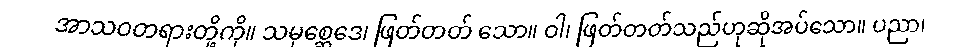
အာသဝတရားတို့ကို။ သမုစ္ဆေဒေ၊ ဖြတ်တတ် သော။ ဝါ၊ ဖြတ်တတ်သည်ဟုဆိုအပ်သော။ ပညာ၊